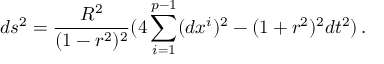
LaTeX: d s ^ { 2 } = \frac { R ^ { 2 } } { ( 1 - r ^ { 2 } ) ^ { 2 } } ( 4 \sum _ { i = 1 } ^ { p - 1 } ( d x ^ { i } ) ^ { 2 } - ( 1 + r ^ { 2 } ) ^ { 2 } d t ^ { 2 } ) \, .